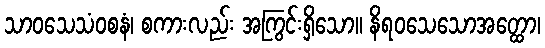
သာဝသေသံဝစနံ၊ စကားလည်း အကြွင်းရှိသော။ နိရဝသေသောအတ္ထော၊